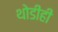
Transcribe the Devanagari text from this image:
थोडीही